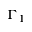
\Gamma _ { 1 }